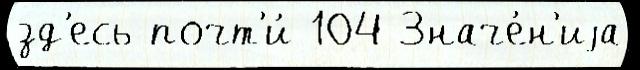
зд'есь почт'и́ 104 Значе́н'иjа